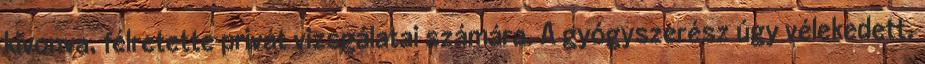
kivonva, félretette privát vizsgálatai számára. A gyógyszerész úgy vélekedett,